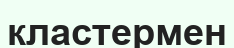
кластермен